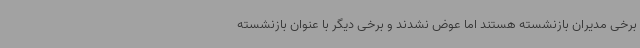
برخی مدیران بازنشسته هستند اما عوض نشدند و برخی دیگر با عنوان بازنشسته